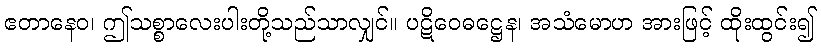
ဧတာနေဝ၊ ဤသစ္စာလေးပါးတို့သည်သာလျှင်။ ပဋိဝေဓဋ္ဌေန၊ အသံမောဟ အားဖြင့် ထိုးထွင်း၍